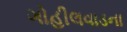
ગોહીલવાડના